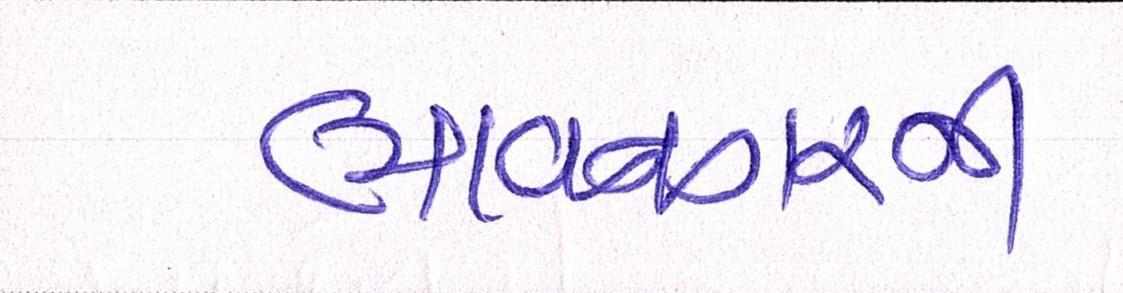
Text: ભાવનગરની